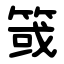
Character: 䈅